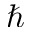
\hbar